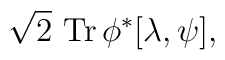
\sqrt 2   \, \,  \hbox{\rm Tr}  \, \phi^* [\lambda, \psi],